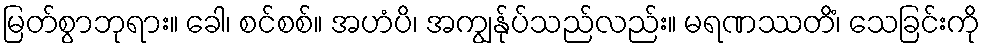
မြတ်စွာဘုရား။ ခေါ၊ စင်စစ်။ အဟံပိ၊ အကျွန်ုပ်သည်လည်း။ မရဏဿတိံ၊ သေခြင်းကို